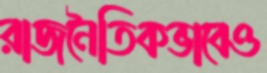
রাজনৈতিকভাবেও